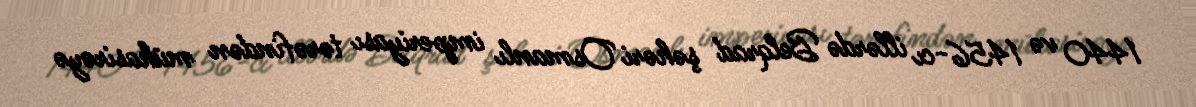
1440 və 1456-cı illərdə Belqrad şəhəri Osmanlı imperiyası tərəfindən mühasirəyə